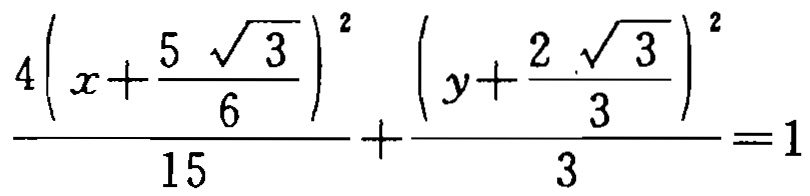
\(\frac{4\left(x+\frac{5\sqrt{3}}{6}\right)^{2}}{15}+\frac{\left(y+\frac{2\sqrt{3}}{3}\right)^{2}}{3}=1\)